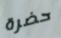
حضرة